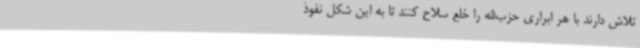
تلاش دارند با هر ابراری حزب‌الله را خلع سلاح کنند تا به این شکل نفوذ